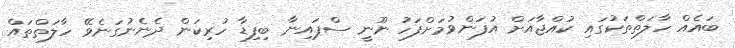
ބައެއް ހާލަތްތަކުގައި ކުއްޖާއަށް އުފަންވުމަށްފަހު ނޫނީ ސްޕައިނާ ބިފިޑާ ހުރިކަން ދެނެނުގަނެވޭ ހާލަތްތައް